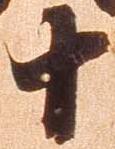
十